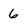
Character: 6